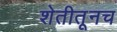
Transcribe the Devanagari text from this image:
शेतीतूनच